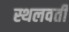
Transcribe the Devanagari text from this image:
स्थलवर्ती